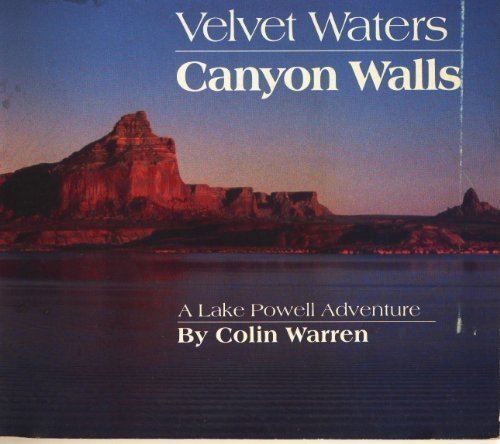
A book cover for Velvet waters, canyon walls: A lake Powell adventure; Colin Warren; Travel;